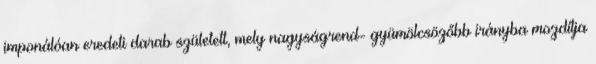
imponálóan eredeti darab született, mely nagyságrend- gyümölcsözőbb irányba mozdítja